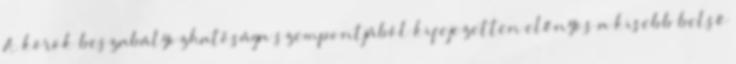
A körök beszabályozhatósága szempontjából kifejezetten előnyös a kisebb belső